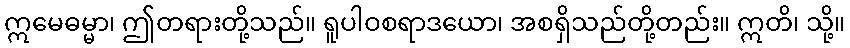
ဣမေဓမ္မာ၊ ဤတရားတို့သည်။ ရူပါဝစရာဒယော၊ အစရှိသည်တို့တည်း။ ဣတိ၊ သို့။